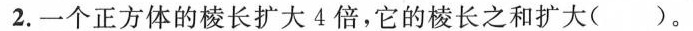
2.一个正方体的棱长扩大4倍，它的棱长之和扩大( )。